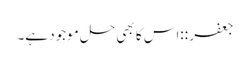
جعفر ::‌اس کا بھی حل موجود ہے۔